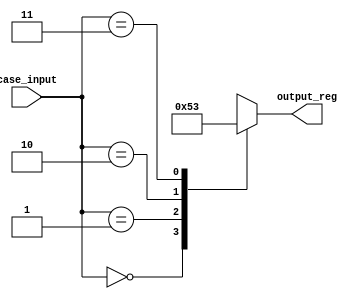
module unique_case_module (
    input [1:0] case_input,
    output reg [2:0] output_reg
);

always @* begin
    case (case_input)
        2'b00: output_reg = 3'b000;
        2'b01: output_reg = 3'b001;
        2'b10: output_reg = 3'b010;
        2'b11: output_reg = 3'b011;
        default: output_reg = 3'b111;
    endcase
end

endmodule